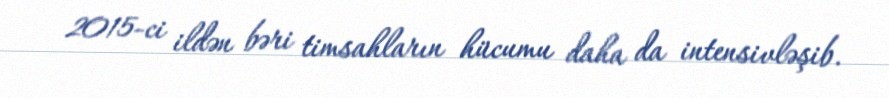
2015-ci ildən bəri timsahların hücumu daha da intensivləşib.